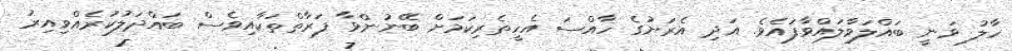
ހާލު ވަނީ ބައްލަވާލައްވާފައެވެ. އަދި އެރަށުގެ ހާއްސަ އެހީތެރިކަމަށް ބޭނުންވާ ފަރާތްތަކާއިވެސް ބައްދަލުކުރެއްވިއިރު